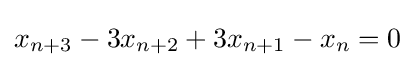
x_{n+3}-3x_{n+2}+3x_{n+1}-x_{n}=0